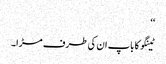
‘‘
ٹینگو کا باپ ان کی طرف مڑا۔